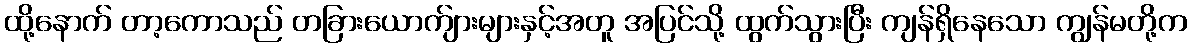
ထို့နောက် တာ့ကောသည် တခြားယောက်ျားများနှင့်အတူ အပြင်သို့ ထွက်သွားပြီး ကျန်ရှိနေသော ကျွန်မတို့က